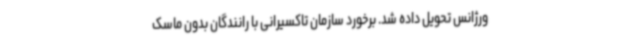
ورژانس تحویل داده شد. برخورد سازمان تاکسیرانی با رانندگان بدون ماسک